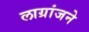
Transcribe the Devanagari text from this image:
लाग्रांजने